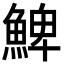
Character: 䱝